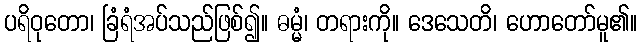
ပရိဝုတော၊ ခြံရံအပ်သည်ဖြစ်၍။ ဓမ္မံ၊ တရားကို။ ဒေသေတိ၊ ဟောတော်မူ၏။